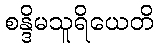
စန္ဒိမသူရိယေတိ